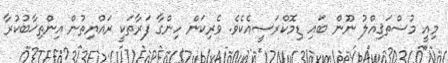
މިއީ މުސްތަޤިއްލު ނޫން ބައި ޑިމޮކްރަސީއެކެވެ. ވެރިކަން ހިންގާ ފަރާތަކީ ރައްޔިތުން އިންތިޚާބުކުރާ